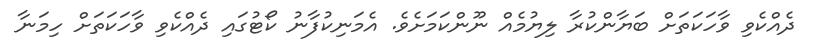
ދެއްކެވި ވާހަކަތަށް ބަޔާންކުރާ ލިޔުމެއް ނޫންކަމަށެވެ. އެމަނިކުފާނު ކޯޓުގައި ދެއްކެވި ވާހަކަތަށް ހިމަނާ